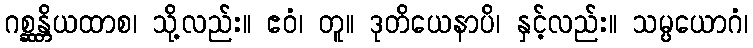
ဂစ္ဆန္တိယထာစ၊ သို့လည်း။ ဧဝံ၊ တူ။ ဒုတိယေနာပိ၊ နှင့်လည်း။ သမ္ပယောဂံ၊